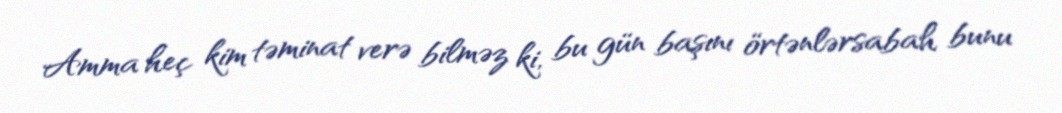
Amma heç kim təminat verə bilməz ki, bu gün başını örtənlərsabah bunu